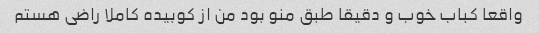
واقعا کباب خوب و دقیقا طبق منو بود من از کوبیده کاملا راضی هستم